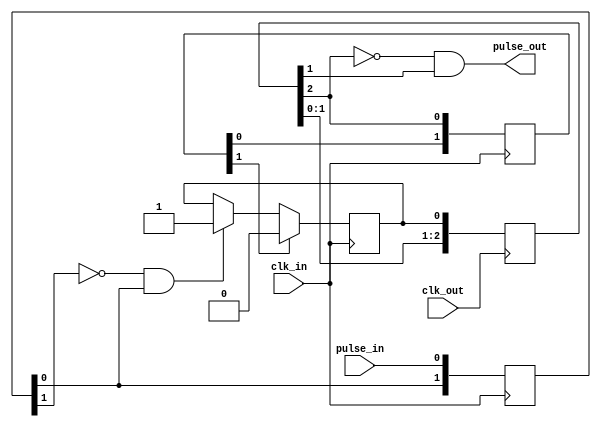
/**
 * ------------------------------------------------------------
 * Copyright (c) SILAB , Physics Institute of Bonn University 
 * ------------------------------------------------------------
 *
 * SVN revision information:
 *  $Rev:: 524                   $:
 *  $Author:: slava              $: 
 *  $Date:: 2014-12-15 09:13:04 #$:
 */
 
 
///////////////////////
// Closed loop solution
/////////////////////
module cdc_pulse_sync (input wire clk_in, input wire pulse_in, input wire clk_out, output wire pulse_out);

wire aq_sync;

reg [1:0] in_pre_sync;
always@(posedge clk_in) begin
    in_pre_sync[0] <= pulse_in;
    in_pre_sync[1] <= in_pre_sync[0];
end

reg in_sync_pulse;
initial in_sync_pulse = 0; //works only in FPGA
always@(posedge clk_in) begin
    if (aq_sync)
        in_sync_pulse <= 0;
    else if (!in_pre_sync[1] && in_pre_sync[0])
        in_sync_pulse <= 1;
end

reg [2:0] out_sync;
always@(posedge clk_out) begin
    out_sync[0] <= in_sync_pulse;
    out_sync[1] <= out_sync[0];
    out_sync[2] <= out_sync[1];
end

assign pulse_out = !out_sync[2] && out_sync[1];	
    
reg [1:0] aq_sync_ff;
always@(posedge clk_in) begin
    aq_sync_ff[0] <= out_sync[2];
    aq_sync_ff[1] <= aq_sync_ff[0];
end

assign aq_sync = aq_sync_ff[1];

endmodule